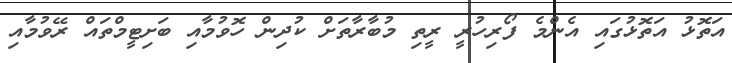
އަތޮޅު އަތޮޅުގައި އެންމެ ފޯރިހުރީ ރީތި މުބާރާތަށް ކުދިން ހޮވުމާއި ބަށިޓީމްތައް ރޭވުމާއި